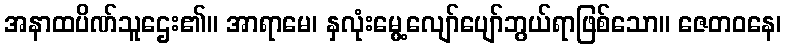
အနာထပိဏ်သူဌေး၏။ အာရာမေ၊ နှလုံးမွေ့လျော်ပျော်ဘွယ်ရာဖြစ်သော။ ဇေတဝနေ၊